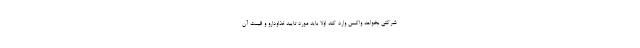
شرکتی بخواهد واکسن وارد کند اولا باید مورد تایید غذاودارو و قیمت آن